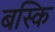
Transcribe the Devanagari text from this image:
बस्कि